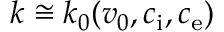
k \cong k _ { 0 } ( v _ { 0 } , c _ { \mathrm { i } } , c _ { \mathrm { e } } )